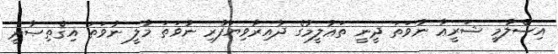
އިސްލާމީ ޝަރީޢާ ނުވަތަ ދީނީ ތަޢުލީމުގެ ދާއިރާވިޔަފާރި ނުވަތަ މާލީ ނުވަތަ އިޤްތިޞާދީ